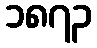
၁၈၇၃